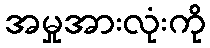
အမှုအားလုံးကို